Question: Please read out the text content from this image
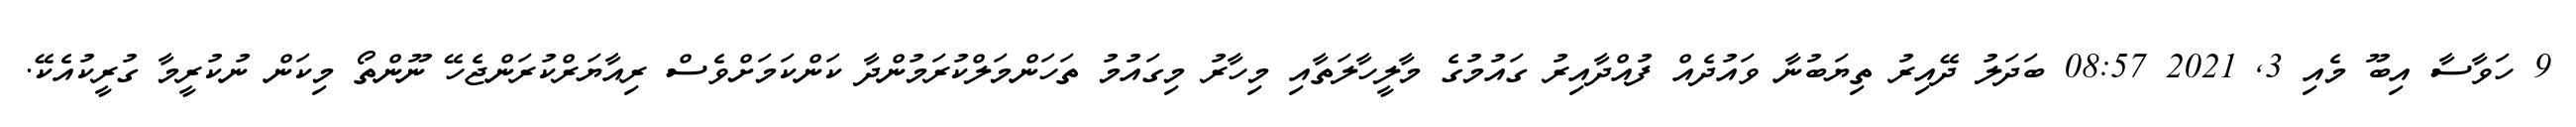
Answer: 9 ހަވާސާ އިބޫ މެއި 3, 2021 08:57 ބަދަލު ދޭއިރު ތިޔަބުނާ ވައުދެއް ފުއްދާއިރު ގައުމުގެ މާލީހާލަތާއި މިހާރު މިގައުމު ތަހަންމަލްކުރަމުންދާ ކަންކަމަށްވެސް ރިއާޔަރްކުރަންޖެހޭ ނޫންތޯ މިކަން ނުކުރީމާ ގުރީކުއެކޭ.